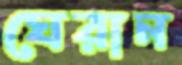
ঘেরান